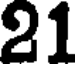
21